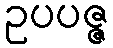
ဥပပဇ္ဇ